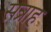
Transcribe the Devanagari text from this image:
सत्राह